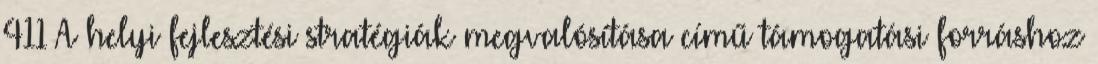
411 A helyi fejlesztési stratégiák megvalósítása című támogatási forráshoz